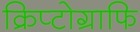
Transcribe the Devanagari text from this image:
क्रिप्टोग्राफि